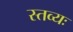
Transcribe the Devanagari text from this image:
स्तव्यः